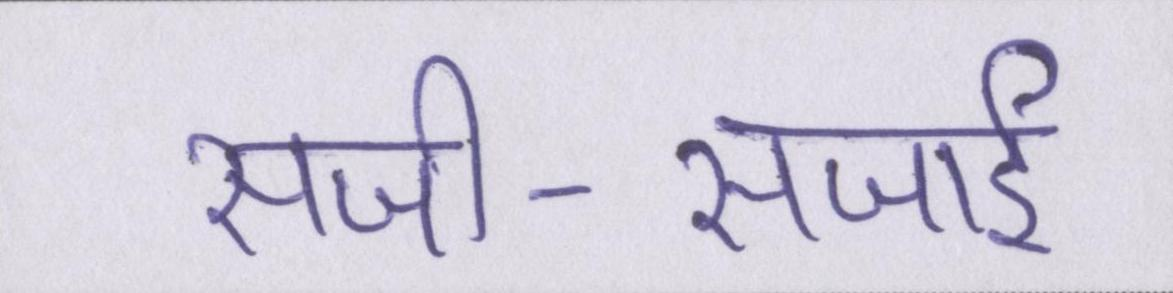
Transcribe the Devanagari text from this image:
सजी-सजाई